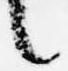
言